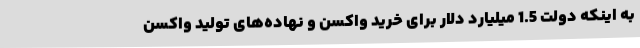
به اینکه دولت 1.5 میلیارد دلار برای خرید واکسن و نهاده‌های تولید واکسن